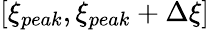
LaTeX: [\xi_{peak},\xi_{peak}+\Delta\xi]